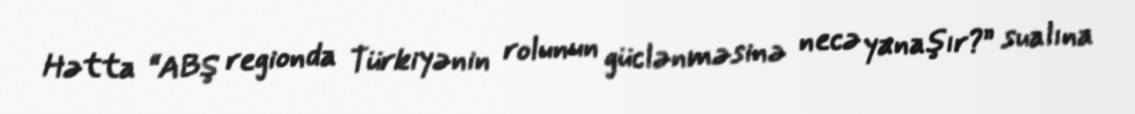
Hətta “ABŞ regionda Türkiyənin rolunun güclənməsinə necə yanaşır?” sualına